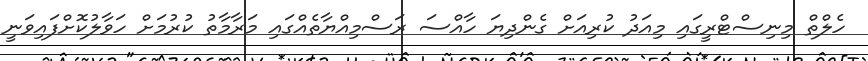
ހެލްތް މިނިސްޓްރީގައި މިއަދު ކުރިއަށް ގެންދިޔަ ހާއްސަ ރަސްމިއްޔާތެއްގައި މަރާމާތު ކުރުމަށް ހަވާލުކޮށްފައިވަނީ